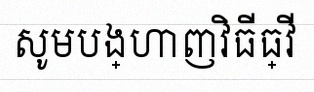
សូមបង្ហាញវិធីធ្វើ